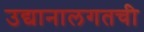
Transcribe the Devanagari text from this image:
उद्यानालगतची